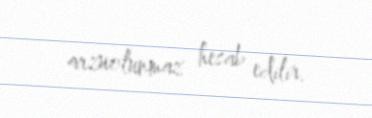
arzuolunmaz hesab edilir.